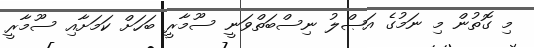
މި ގޮތުން މި ނަމުގެ އަޞްލު ނިސްބަތްވަނީ ސޫމާރީ ބަހަށް ކަމަށާއި ސޫމާރީ